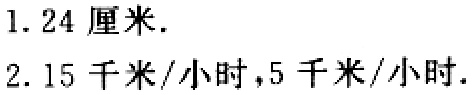
1. \(24\)厘米.

2. \(15\)千米/小时，\(5\)千米/小时.